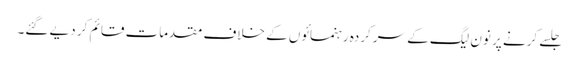
جلسے کرنے پر نون لیگ کے سرکردہ رہنمائوں کے خلاف مقدمات قائم کر دیے گئے۔